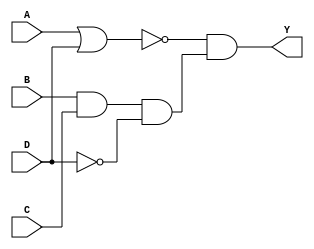



module Combo_CA (Y,A, B, C, D);
output Y;
input A, B, C, D;
reg Y;
always@(A or B or C or D)
begin Y = (~(A | D)) & (B & C & ~D); end
endmodule